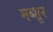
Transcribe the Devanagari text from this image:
मब्शूर